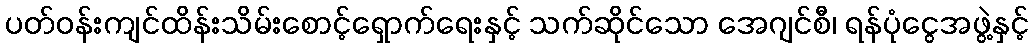
ပတ်ဝန်းကျင်ထိန်းသိမ်းစောင့်ရှောက်ရေးနှင့် သက်ဆိုင်သော အေဂျင်စီ၊ ရန်ပုံငွေအဖွဲ့နှင့်